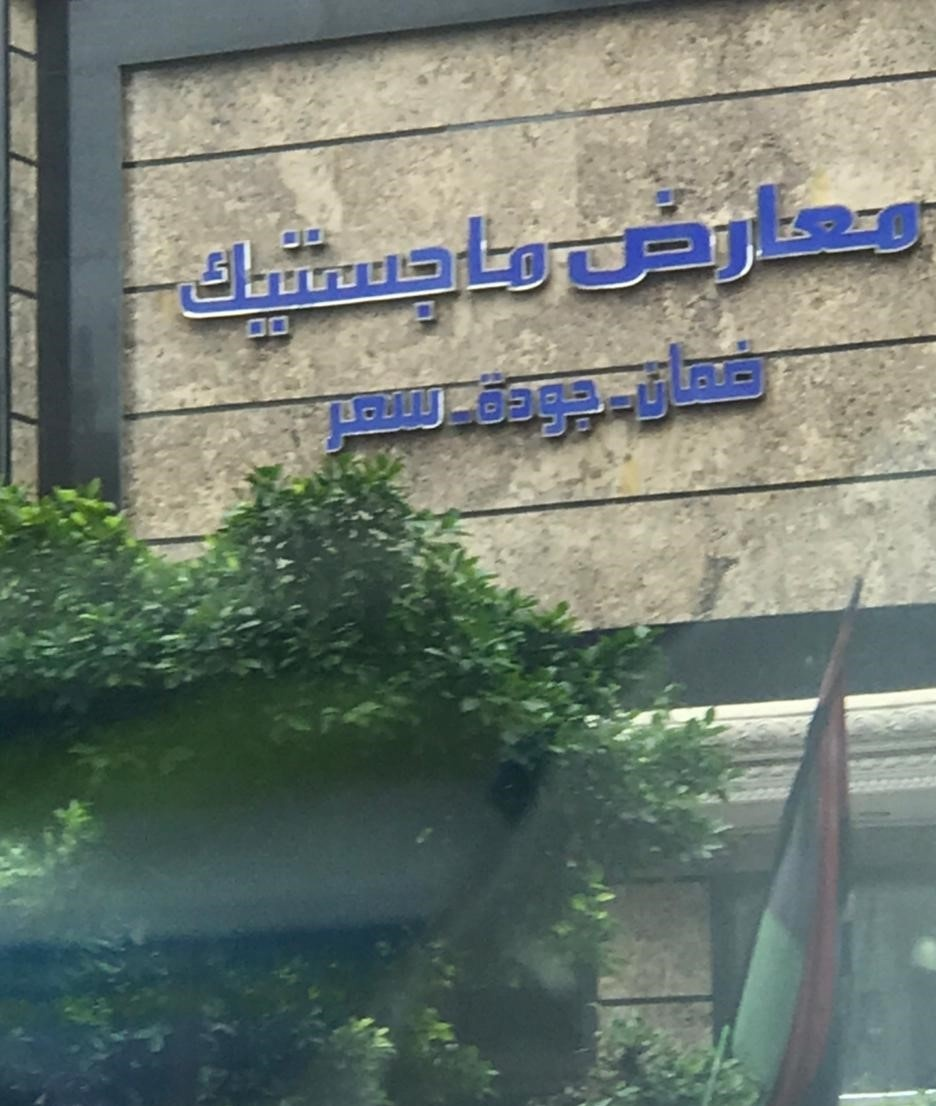
Text in image: معارض ماجيستك ضمان جودة سعر